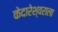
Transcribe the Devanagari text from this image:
केदारेश्वराला